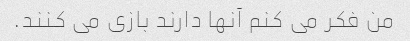
من فکر می کنم آنها دارند بازی می کنند.